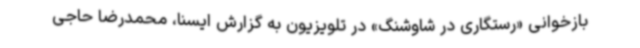
بازخوانی «رستگاری در شاوشنگ» در تلویزیون به گزارش ایسنا، محمدرضا حاجی